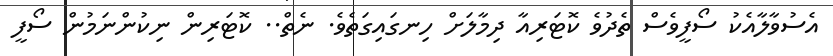
އެސުވާލާއެކު ސޯފީވެސް ތެދުވެ ކޮޓަރިއާ ދިމާލަށް ހިނގައިގަތެވެ. ނެތް.. ކޮޓަރިން ނިކުންނަމުން ސޯފީ